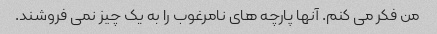
من فکر می کنم. آنها پارچه های نامرغوب را به یک چیز نمی فروشند.